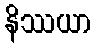
နိဿယာ